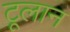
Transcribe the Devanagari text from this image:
टूलान